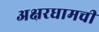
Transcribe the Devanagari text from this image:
अक्षरधामची